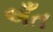
અઁત